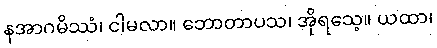
နအာဂမိဿံ၊ ငါမလာ။ ဘောတာပသ၊ အိုရသေ့။ ယထာ၊